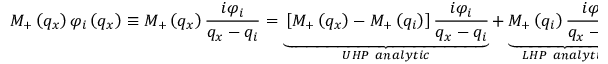
{ { M } _ { + } } \left( { { q } _ { x } } \right) { { \varphi } _ { i } } \left( { { q } _ { x } } \right) \equiv { { M } _ { + } } \left( { { q } _ { x } } \right) \frac { i { { \varphi } _ { i } } } { { { q } _ { x } } - { { q } _ { i } } } = \underbrace { \left[ { { M } _ { + } } \left( { { q } _ { x } } \right) - { { M } _ { + } } \left( { { q } _ { i } } \right) \right] \frac { i { { \varphi } _ { i } } } { { { q } _ { x } } - { { q } _ { i } } } } _ { U H P \ a n a l y t i c } + \underbrace { { { M } _ { + } } \left( { { q } _ { i } } \right) \frac { i { { \varphi } _ { i } } } { { { q } _ { x } } - { { q } _ { i } } } } _ { L H P \ a n a l y t i c } .